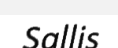
Sallis